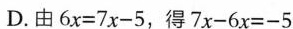
D.由6x=7x-5，得7x-6x=-5